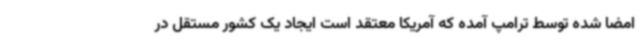
امضا شده توسط ترامپ آمده که آمریکا معتقد است ایجاد یک کشور مستقل در